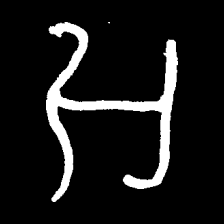
Pyu character \u2014 Myanmar letter: အ (romanized: a)